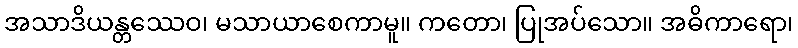
အသာဒိယန္တဿေဝ၊ မသာယာစေကာမူ။ ကတော၊ ပြုအပ်သော။ အဓိကာရော၊